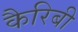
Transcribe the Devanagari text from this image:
कैरिबी